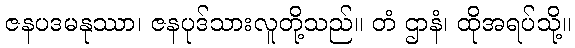
ဇနပဒမနုဿာ၊ ဇနပုဒ်သားလူတို့သည်။ တံ ဌာနံ၊ ထိုအရပ်သို့။